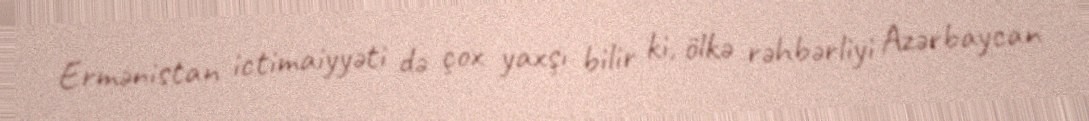
Ermənistan ictimaiyyəti də çox yaxşı bilir ki, ölkə rəhbərliyi Azərbaycan